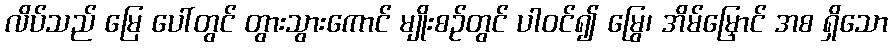
လိပ်သည် မြေ ပေါ်တွင် တွားသွားကောင် မျိုးစဉ်တွင် ပါဝင်၍ မြွေ၊ အိမ်မြှောင် အစ ရှိသော